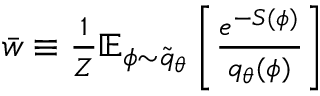
\begin{array} { r } { \bar { w } \equiv \frac { 1 } { Z } \mathbb { E } _ { \phi \sim \widetilde { q } _ { \theta } } \left[ \frac { e ^ { - S ( \phi ) } } { { q } _ { \theta } ( \phi ) } \right] \, } \end{array}